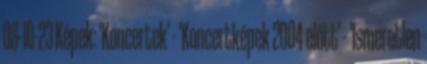
08-10-23 Képek: 'Koncertek' - 'Koncertképek 2004 előtt' - 'Ismeretlen